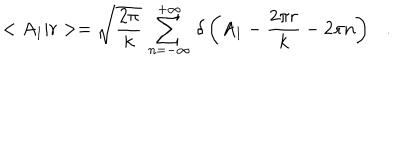
< A _ { 1 } | r > = \sqrt { \frac { 2 \pi } { k } } \, \sum _ { n = - \infty } ^ { + \infty } \, \delta \left( A _ { 1 } - \frac { 2 \pi r } { k } - 2 \pi n \right) \ \ \ .